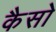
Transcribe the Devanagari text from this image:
कैसो